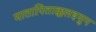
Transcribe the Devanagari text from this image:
मातापिताक्कलइयुन